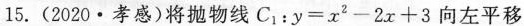
15.(2020·孝感)将抛物线C_{1}：$$y = x ^ { 2 } - 2 x + 3$$向左平移